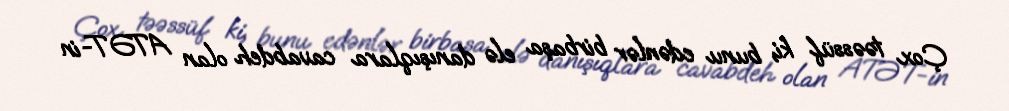
Çox təəssüf ki, bunu edənlər birbaşa elə danışıqlara cavabdeh olan ATƏT-in